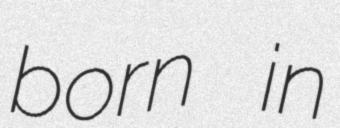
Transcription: born in